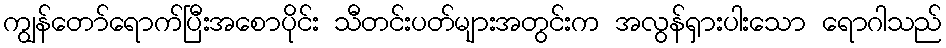
ကျွန်တော်ရောက်ပြီးအစောပိုင်း သီတင်းပတ်များအတွင်းက အလွန်ရှားပါးသော ရောဂါသည်